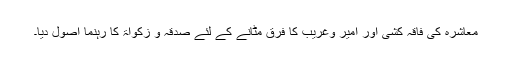
معاشرہ کی فاقہ کشی اور امیر وغریب کا فرق مٹانے کے لئے صدقہ و زکواۃ کا رہنما اصول دیا۔